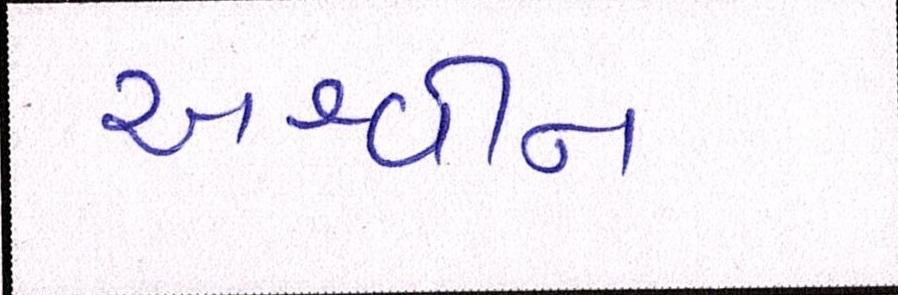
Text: અશ્વીન